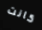
كانت